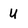
Character: u